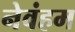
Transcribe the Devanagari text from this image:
नेवंहम